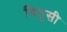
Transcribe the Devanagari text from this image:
बितुसी